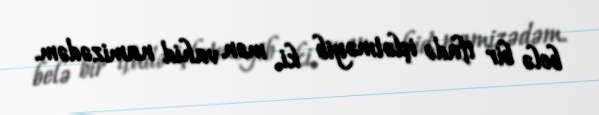
belə bir ifadə işlətməyib ki, mən vahid namizədəm.